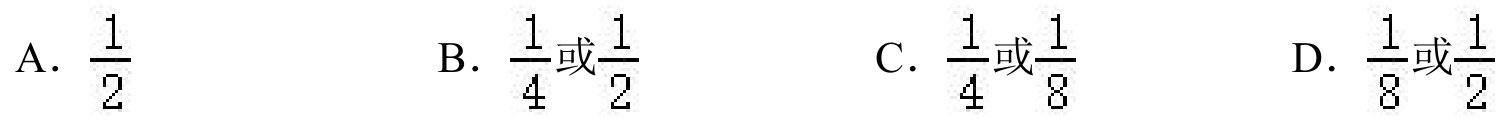
A. \(\frac{1}{2}\)
B. \(\frac{1}{4}\)或\(\frac{1}{2}\)
C. \(\frac{1}{4}\)或\(\frac{1}{8}\)
D. \(\frac{1}{8}\)或\(\frac{1}{2}\)